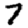
Digit: 7